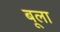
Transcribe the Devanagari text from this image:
बूला